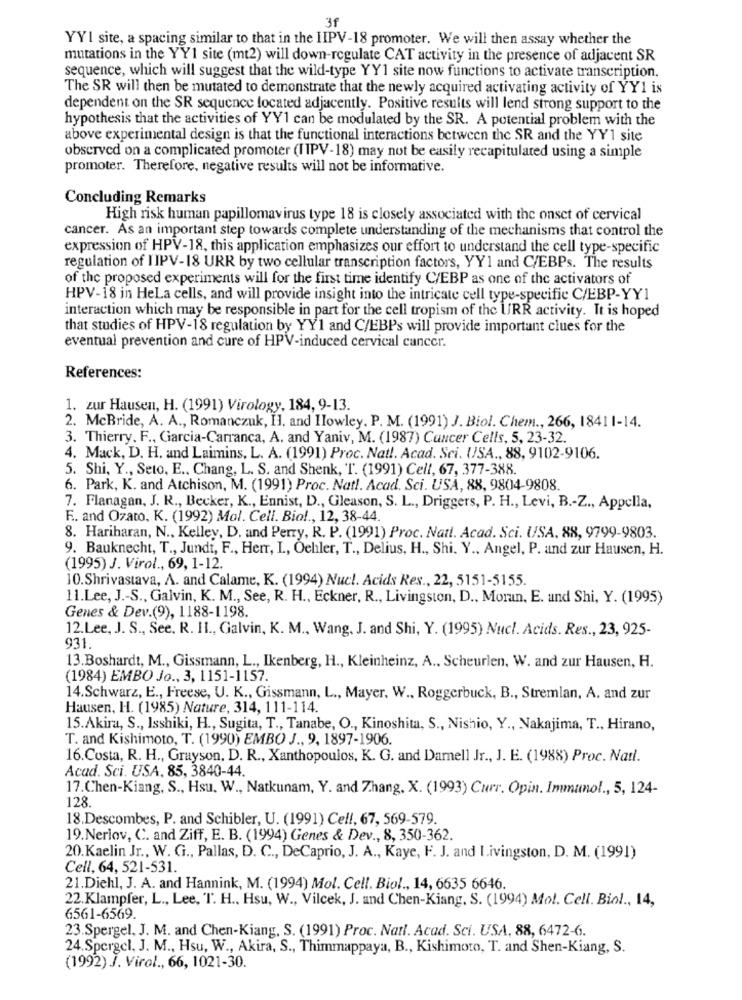
3f
YYI site, a spacing similar to that in the IIPV-18 promoter. We will then assay whether the
mutations in the YY1 site (mt2) will down-regulate CAT activity in the presence of adjacent SR
sequence, which will suggest that the wild-type YY1 site now functions to activate transcription.
The SR will then be mutated to demonstrate that the newly acquired activating activity of YY1 is
dependent on the SR sequence located adjacently. Positive results will lend strong support to the
hypothesis that the activities of YY1 can be modulated by the SR. A potential problem with the
above experimental design is that the functional interactions between the SR and the YY1 site
observed on a complicated promoter (I PV-18) may not be easily recapitulated using a simple
promoter. Therefore, negative results will not be informative.
Concluding Remarks
High risk human papillomavirus type 18 is closely associated with the onset of cervical
cancer. As an important step towards complete understanding of the mechanisms that control the
expression of HPV-18, this application emphasizes our effort to understand the cell type-specific
regulation of IIPV-18 URR by two cellular transcription factors, YY1 and C/EBPs. The results
of the proposed experiments will for the first time identify C/EBP as one of the activators of
HPV-18 in Hela cells, and will provide insight into the intricate cell type-specific C/EBP-YY1
interaction which may be responsible in part for the cell tropism of the URR activity. It is hoped
that studies of HPV-18 regulation by YY1 and C/EBPs will provide important clues for the
eventual prevention and cure of HPV-induced cervical cancer.
References:
1. zur Hausen, H. (1991) Virology, 184, 9-13.
2. McBride, A. A ., Romanczuk, Il. and Howley. P. M. (1991) J. Biol. Chem ., 266, 18411-14.
3. Thierry. F ., Garcia-Carranca, A. and Yaniv, M. (1987) Cancer Cells, 5, 23-32.
4. Mack, D. H. and Laimins, L. A. (1991) Proc. Nat !. Acad. Sci. USA ., 88, 9102-9106.
5. Shi, Y ., Seto, E .. Chang, L. S. and Shenk, T. (1991) Cell, 67, 377-388.
6. Park, K. and Atchison, M. (1991) Proc. Nat !. Acad. Sci. USA, 88, 9804-9808.
7. Flanagan, J. R ., Becker, K ., Ennist, D ., Gleason, S. L ., Driggers, P. H ., Levi, B .- Z ., Appella,
F. and Ozato. K. (1992) Mol. Cell. Biol ., 12, 38-44.
8. Hariharan, N ., Kelley, D. and Perry, R. P. (1991) Proc. Natt. Acad. Sci. USA. 88, 9799-9803.
9. Bauknecht, T ., Jundi, F ., Herr, I, Ochler, T ., Delius, H ., Shi. Y ., Angel, P. and zur Hausen, H.
(1995) J. Virol ., 69, 1-12.
10.Shrivastava, A. and Calame, K. (1994) Nucl. Acids Res ., 22, 5151-5155.
11.Lee, J .- S ., Galvin, K. M ., See, R. H ., Eckner, R ., Livingston, D ., Moran, E. and Shi, Y. (1995)
Genes & Dev.(9), 1188-1198.
12.Lee, J. S ., See, R. II ., Galvin, K. M ., Wang, J. and Shi, Y. (1995) Nucl. Acids. Res ., 23, 925-
931.
13.Boshardt, M ., Gissmann, L ., Ikenberg, H ., Kleinheinz, A ., Scheurlen, W. and zur Hausen, H.
(1984) EMBO Jo ., 3, 1151-1157.
14.Schwarz, E ., Freese, U. K ., Gissmann, L ., Mayer, W ., Roggerbuck, B ., Stremlan, A. and zur
Hausen, H. (1985) Nature, 314, 111-114.
15.Akira, S ., Isshiki, H ., Sugita, T ., Tanabe, O ., Kinoshita, S ., Nishio, Y ., Nakajima, T ., Hirano,
T. and Kishimoto, T. (1990) EMBO J ., 9, 1897-1906.
16.Costa, R. H ., Grayson, D. R ., Xanthopoulos, K. G. and Damell Jr ., J. E. (1988) Proc. Nail.
Acad. Sci. USA, 85, 3840-44.
17.Chen-Kiang, S ., Hsu. W ., Natkunam, Y. and Z.hang, X. (1993) Curr. Opin. Immunol ., 5, 124-
128
18.Descombes, P. and Schibler, U. (1991) Cell, 67, 569-579.
19.Nerlov, C. and Ziff, E. B. (1994) Genes & Dev ., 8, 350-362.
20.Kaelin Jr ., W. G ., Pallas, D. C ., DeCaprio, J. A ., Kaye, F. J. and Livingston, D. M. (1991)
Cell, 64, 521-531.
21.Diehl, J. A. and Hannink, M. (1994) Mol. Cell. Biol ., 14, 6635 6646.
22.Klampfer, L ., Lee, T. H ., Hsu, W ., Vilcek, J. and Chen-Kiang. S. (1994) Mol. Cell. Biol ., 14,
6561-6569.
23.Spergel, J. M. and Chen-Kiang. S. (1991) Proc. Natl. Acad. Sci. USA, 88, 6472-6.
24.Spergel, J. M ., Hsu, W ., Akira, S ., Thimmappaya, B ., Kishimoto, T. and Shen-Kiang, S.
(1992) J. Virol ., 66, 1021-30.